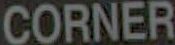
CORNER